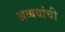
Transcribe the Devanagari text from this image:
अव्ययांची